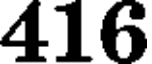
416